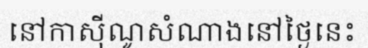
នៅកាស៊ីណូសំណាងនៅថ្ងៃនេះ